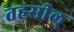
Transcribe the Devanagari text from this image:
तहसील्